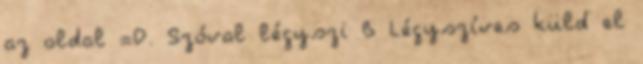
az oldal =D. Szóval légyszi B Légyszíves küld el